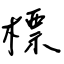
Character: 標